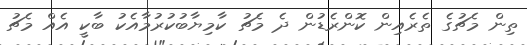
ތިން މެޗުގެ ތެރެއިން ކޮންރެޑުން ދެ މެޗު ކާމިޔާބުކުރުމާއެކު ބާކީ އެއް މެޗު